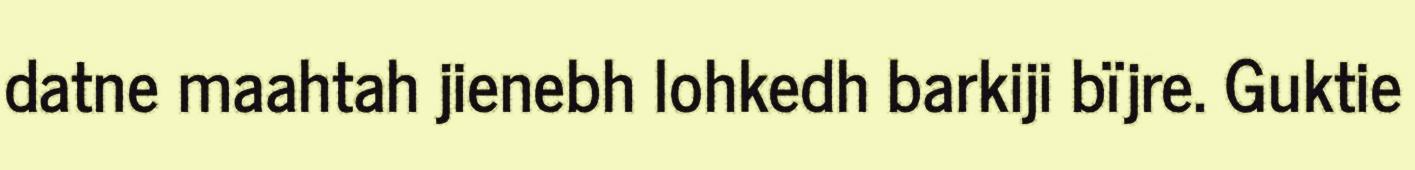
datne maahtah jienebh lohkedh barkiji bïjre. Guktie